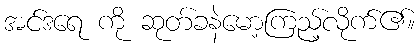
အင်ဒရေ ကို ဆုတ်ခနဲမော့ကြည့်လိုက်၏။